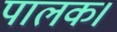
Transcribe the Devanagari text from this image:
पालक।